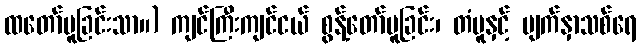
ထတော်မူခြင်းသာ။) ကျင်ကြီးကျင်ငယ် စွန့်တော်မူခြင်း၊ တံပူနှင့် မျက်နှာသစ်ရေ